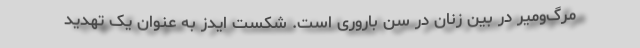
مرگ‌ومیر در بین زنان در سن باروری است. شکست ایدز به ‌عنوان یک تهدید